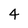
Character: 4